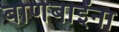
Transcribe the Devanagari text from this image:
बोणेबाईंना